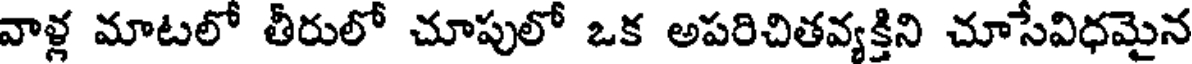
వాళ్ల మాటలో తీరులో చూపులో ఒక అపరిచితవ్యక్తిని చూసేవిధమైన